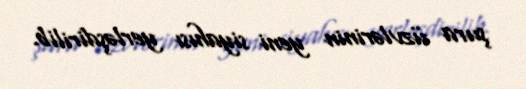
şura üzvlərinin yeni siyahısı yerləşdirilib.